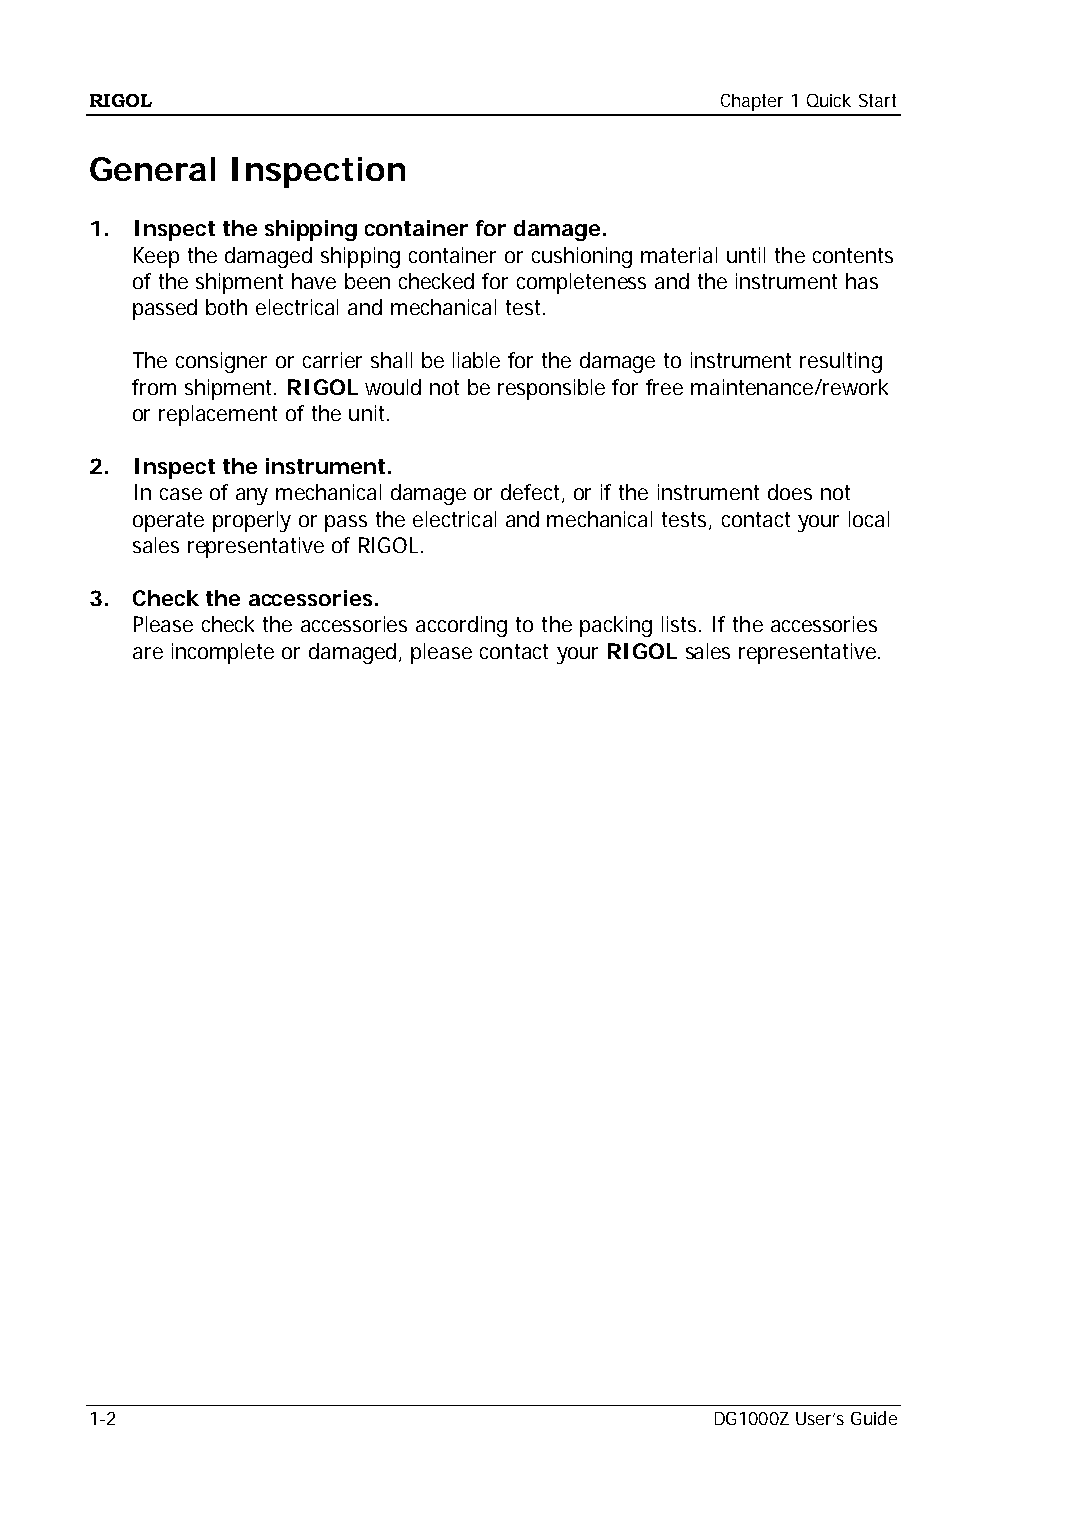
RIGOL                                     Chapter 1 Quick Start
 General  Inspection
 1. Inspect the shipping container for damage.
 Keep the damaged shipping container or cushioning material until the contents
 of the shipment have been checked for completeness and the instrument has
 passed both electrical and mechanical test.
 The consigner or carrier shall be liable for the damage to instrument resulting
 from shipment. RIGOL would not be responsible for free maintenance/rework
 or replacement of the unit.
 2. Inspect the instrument.
 In case of any mechanical damage or defect, or if the instrument does not
 operate properly or pass the electrical and mechanical tests, contact your local
 sales representative of RIGOL.
 3. Check the accessories.
 Please check the accessories according to the packing lists. If the accessories
 are incomplete or damaged, please contact your RIGOL sales representative.
 1-2                                      DG1000Z User’s Guide